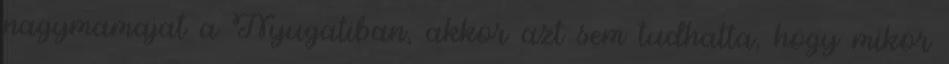
nagymamajat a Nyugatiban, akkor azt sem tudhatta, hogy mikor